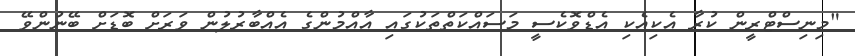
"މިނިސްޓްރީން ކުރާ އެކިއެކި އެޑްވޮކެސީ މަސައްކަތްތަކުގައި އާއްމުންގެ އެއްބާރުލުން ވަރަށް ބޮޑަށް ބޭނުންވޭ